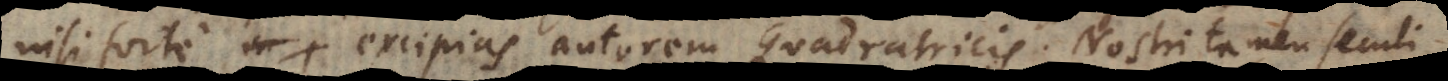
isi forte excipias autorem Quadratricis. Nostri tamen seculi